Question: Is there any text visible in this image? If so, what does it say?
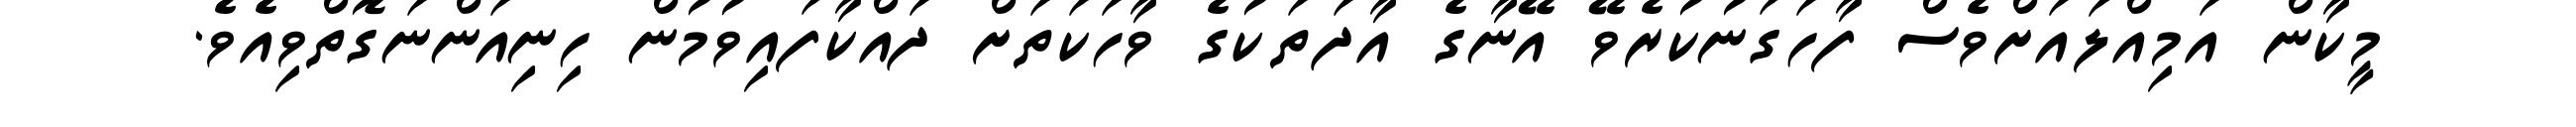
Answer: މީކާން އަމިއްލައަށްވެސް ފާހަގަނުކުރެވޭ އޭނާގެ އާދަތަކުގެ ވާހަކަތަށް ދައްކާފައިވުމުން ހިނިއަންނަގޮތްވިއެވެ.